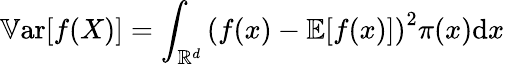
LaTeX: \mathbb{V}\mathrm{ar}[{f(X)}]=\int_{\mathbb{R}^{d}}\left(f(x)-\mathbb{E}[f(x)]\right)^{2}\pi(x)\mathrm{d}x